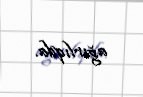
ağırlıqda.